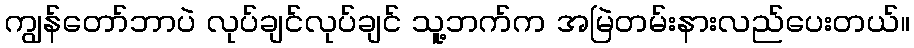
ကျွန်တော်ဘာပဲ လုပ်ချင်လုပ်ချင် သူ့ဘက်က အမြဲတမ်းနားလည်ပေးတယ်။